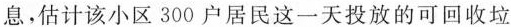
息。估计该小区300户居民这一天投放的可回收垃